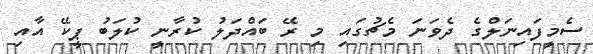
ސެމީފައިނަލްގެ ދެވަނަ މެޗުގައި މި ރޭ ބައްދަލު ކުރާނީ ކުލަބު ޕީކޭ އާއި